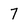
Character: 7